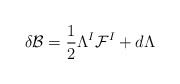
\begin{align*}\delta {\cal B} = \frac12 \Lambda^I {\cal F}^I + d \Lambda\end{align*}